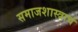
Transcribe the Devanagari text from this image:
समाजशास्त्राचं